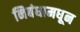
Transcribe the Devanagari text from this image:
निबंधामधून